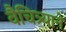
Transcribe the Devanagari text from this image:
वैचित्र्याने